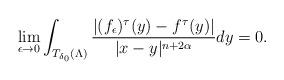
\begin{align*}\lim\limits_{\epsilon\to0}\int_{T_{\delta_0}(\Lambda)}\frac{|(f_{\epsilon})^{\tau}(y)-f^{\tau}(y)|}{|x-y|^{n+2\alpha}}dy= 0.\end{align*}